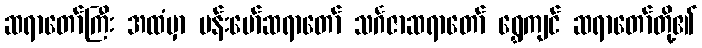
ဆရာတော်ကြီး အထံမှာ ဗန်းမော်ဆရာတော် သင်္ဂဇာဆရာတော် ရွှေကျင် ဆရာတော်တို့၏